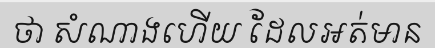
ថា សំណាងហើយ ដែលអត់មាន